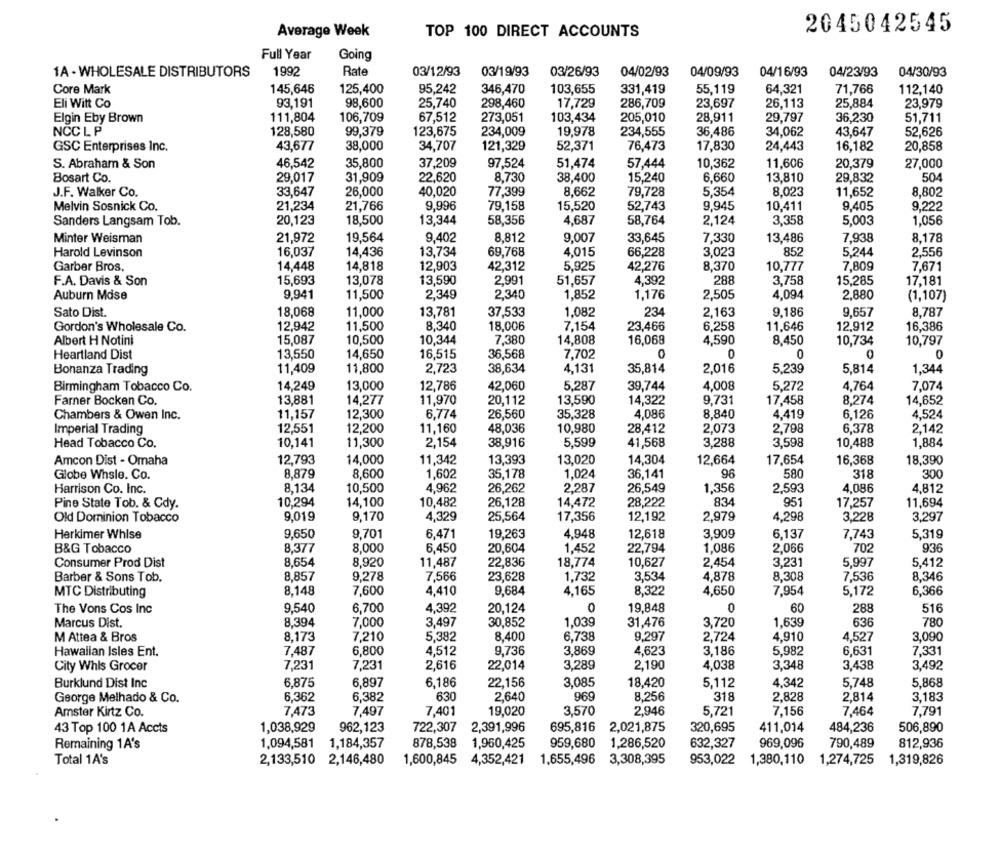
Average Week
TOP 100 DIRECT ACCOUNTS
2045042545
Full Year
Going
1A - WHOLESALE DISTRIBUTORS
1992
Rate
03/12/93
03/19/93
03/26/93
04/02/93
04/09/93
04/16/93
04/23/93
04/30/93
Core Mark
145,646
125,400
95,242
346,470
103,655
331,419
55,119
64,321
71,766
112,140
93,191
98,600
25,740
298,460
17,729
286,709
23,697
26,113
25,884
23,979
Eli Witt Co
Elgin Eby Brown
111,804
106,709
67,512
273,051
103,434
205,010
28,911
29,797
36,230
51,711
NCC L P
128,580
99,379
123,675
234,009
19,978
234,555
36,486
34,062
43,647
52,626
121,329
52,371
76,473
GSC Enterprises Inc.
43,677
38,000
34,707
17,830
24,443
16,182
20,858
37,209
20,379
27,000
S. Abraham & Son
46,542
35,800
97,524
51,474
57,444
10,362
11,606
Bosart Co.
29,017
31,909
22.620
8,730
38,400
15,240
6,660
13,810
29,832
504
J.F. Walker Co.
33,647
26,000
40,020
77,399
8,662
79,728
5,354
8,023
11,652
8,802
21,234
21,766
9,996
79,158
15,520
52,743
9,945
10,411
9,405
9,222
Melvin Sosnick Co.
Sanders Langsam Tob.
20,123
18,500
13,344
58,356
4,687
58,764
2,124
3,358
5,003
1,056
Minter Weisman
21,972
19,564
9,402
8,812
9.007
33,645
7,330
13,486
7,938
8,178
Harold Levinson
16,037
14,436
13,734
69,768
4,015
66,228
3,023
852
5.244
2,556
14,448
14,818
12,903
42,312
5,925
8,370
7,809
Garber Bros.
42,276
10,777
7,671
F.A. Davis & Son
15,693
13,078
13,590
2,991
51,657
4,392
288
3,758
15,285
17,181
Auburn Mdse
9,941
11,500
2,349
2,340
1,852
1,176
2,505
4,094
2,880
(1,107)
Sato Dist.
18,068
11,000
13,781
37,533
1.082
234
2,163
9.186
9,657
8,787
11,500
8,340
18,006
7.154
23,466
6,258
12,912
16,386
Gordon's Wholesale Co.
12,942
11,646
Albert H Notini
15,087
10,500
10,344
7,380
14,808
16,068
4.590
8,450
10,734
10,797
Heartland Dist
13,550
14,650
16,515
36,568
7,702
0
0
11,800
4.131
35,814
2,016
Bonanza Trading
11,409
2,723
38,634
5,239
5,814
1,344
13,000
12,786
42.060
5.287
39,744
4,008
Birmingham Tobacco Co.
14,249
5,272
4,764
7,074
Farner Bocken Co.
13,881
14,277
11,970
20,112
13,590
14,322
9,731
17,458
8,274
14,652
Chambers & Owen Inc.
11,15
12,300
6.774
26,560
35,328
4,086
8.840
4.419
6,126
4,524
12,551
12,200
11,160
48,036
10,980
28,412
2,073
2,798
6,378
2,142
Imperial Trading
Head Tobacco Co.
10,141
11,300
2,154
38,916
5,599
41,568
3,288
3,598
10,488
1,884
Amcon Dist - Omaha
12,793
14,000
11,342
13,393
13,020
14,304
12,664
17,654
16,368
18,390
Globe Whsle. Co.
8,879
8,600
1,602
35,178
1,024
36,141
96
580
318
300
Harrison Co. Inc.
8,134
10,500
4.962
26,262
2,287
26,549
1,356
2,593
4,086
4,812
Pine State Tob. & Cdy.
10,294
14,100
10,482
26,128
14,472
28,222
834
951
17,257
11,694
Old Dominion Tobacco
9,019
9,170
4,329
25,564
17,356
12,192
2,979
4,298
3,228
3,297
Herkimer Whise
9,650
9,70
6,471
19,263
4,948
12,618
3,909
6,137
7,743
5,319
B&G Tobacco
8,377
8,000
6,450
20,604
1,452
22,794
1,086
2,066
702
936
Consumer Prod Dist
8.654
8.920
11,487
22,836
18,774
10,627
2,454
3,231
5.997
5,412
Barber & Sons Tob.
8,857
9,278
7,566
23,628
1,732
3,534
4,878
8,308
7,536
8,346
8,148
8,322
4,650
6,366
MTC Distributing
7,60
4,410
9,684
4,165
7,954
5,172
9,540
4,392
0
19,848
0
60
516
The Vons Cos Inc
6,700
20,124
288
Marcus Dist.
8,394
7,000
3,497
30,852
1,039
31,476
3,720
1,639
636
780
M Attea & Bros
8.173
7,210
5,38
8,400
6,738
9,297
2,724
4.910
4,527
3,090
7,487
6,800
9,736
3,869
4,623
3,186
5,982
6,631
7,331
Hawalian Isles Ent.
4,512
City Whis Grocer
7,231
7,231
2,616
22,014
3,289
2.190
4,038
3,348
3,438
3,492
Burklund Dist Inc
6.875
6,897
6,186
22,156
3,085
18,420
5,112
4,342
5,748
5,868
George Melhado & Co.
6,362
6,382
630
2.640
969
8,256
318
2,828
2,814
3.183
3,570
7.156
7.464
7,791
Amster Kirtz Co.
7,473
7,497
7,401
19,020
2,946
5,721
1,038,929
962,123
722,307
2,391,996
695,816
2,021,875
320,695
411,014
506,890
43 Top 100 1A Accts
484,236
Remaining 1A's
1,094,581
878,538
1,960,425
959,680
1,286,520
632,327
969,096
790,489
812,936
1,184,357
Total 1A's
2,133,510 2,146,480
1,600,845
4,352,421
1,655,496
3,308,395
953,022
1,380,110
1,274,725
1,319,826